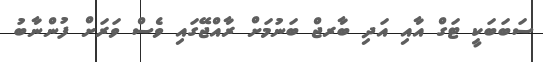
ސަބަބަކީ ޓަގް އާއި އަދި ބާރޖް ބަނުމަށް ރާއްޖޭގައި ވެސް ވަރަށް ފުންނާބު